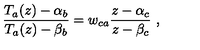
\frac { T _ { a } ( z ) - \alpha _ { b } } { T _ { a } ( z ) - \beta _ { b } } = w _ { c a } \frac { z - \alpha _ { c } } { z - \beta _ { c } } \ ,